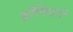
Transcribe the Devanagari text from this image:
ड्रॉमिडरी